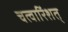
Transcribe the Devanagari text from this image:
चत्वारिंशत्